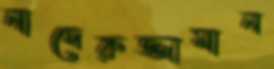
নাদেরুজ্জামান